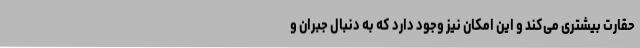
حقارت بیشتری می‌کند و این امکان نیز وجود دارد که به دنبال جبران و